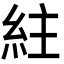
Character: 紸